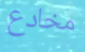
مخادع